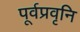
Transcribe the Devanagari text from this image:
पूर्वप्रवृनि